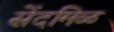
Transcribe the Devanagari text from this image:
सेंदमिळ